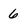
Character: 6